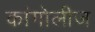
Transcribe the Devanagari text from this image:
कांगोलीज